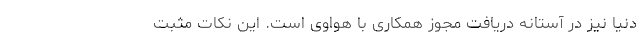
دنیا نیز در آستانه دریافت مجوز همکاری با هواوی است. این نکات مثبت